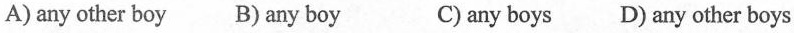
A)any other boy B) any boy C) any boys D) any other boys